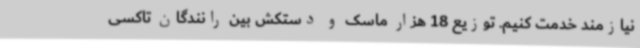
نیازمند خدمت کنیم. توزیع 18 هزار ماسک ‌و دستکش بین رانندگان تاکسی